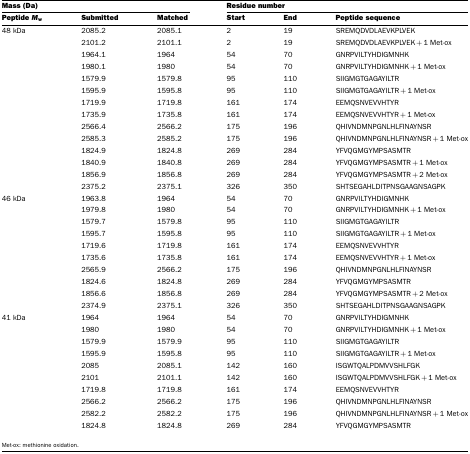
<table><thead><tr><td colspan="3"><b>Mass (Da)</b></td><td colspan="3"><b>Residue number</b></td></tr><tr><td><b>Peptide <i>M</i><sub>w</sub></b></td><td><b>Submitted</b></td><td><b>Matched</b></td><td><b>Start</b></td><td><b>End</b></td><td><b>Peptide sequence</b></td></tr></thead><tbody><tr><td>48 kDa</td><td>2085.2</td><td>2085.1</td><td>2</td><td>19</td><td>SREMQDVDLAEVKPLVEK</td></tr><tr><td></td><td>2101.2</td><td>2101.1</td><td>2</td><td>19</td><td>SREMQDVDLAEVKPLVEK+1 Met-ox</td></tr><tr><td></td><td>1964.1</td><td>1964</td><td>54</td><td>70</td><td>GNRPVILTYHDIGMNHK</td></tr><tr><td></td><td>1980.1</td><td>1980</td><td>54</td><td>70</td><td>GNRPVILTYHDIGMNHK+1 Met-ox</td></tr><tr><td></td><td>1579.9</td><td>1579.8</td><td>95</td><td>110</td><td>SIIGMGTGAGAYILTR</td></tr><tr><td></td><td>1595.9</td><td>1595.8</td><td>95</td><td>110</td><td>SIIGMGTGAGAYILTR+1 Met-ox</td></tr><tr><td></td><td>1719.9</td><td>1719.8</td><td>161</td><td>174</td><td>EEMQSNVEVVHTYR</td></tr><tr><td></td><td>1735.9</td><td>1735.8</td><td>161</td><td>174</td><td>EEMQSNVEVVHTYR+1 Met-ox</td></tr><tr><td></td><td>2566.4</td><td>2566.2</td><td>175</td><td>196</td><td>QHIVNDMNPGNLHLFINAYNSR</td></tr><tr><td></td><td>2585.3</td><td>2585.2</td><td>175</td><td>196</td><td>QHIVNDMNPGNLHLFINAYNSR+1 Met-ox</td></tr><tr><td></td><td>1824.9</td><td>1824.8</td><td>269</td><td>284</td><td>YFVQGMGYMPSASMTR</td></tr><tr><td></td><td>1840.9</td><td>1840.8</td><td>269</td><td>284</td><td>YFVQGMGYMPSASMTR+1 Met-ox</td></tr><tr><td></td><td>1856.9</td><td>1856.8</td><td>269</td><td>284</td><td>YFVQGMGYMPSASMTR+2 Met-ox</td></tr><tr><td></td><td>2375.2</td><td>2375.1</td><td>326</td><td>350</td><td>SHTSEGAHLDITPNSGAAGNSAGPK</td></tr><tr><td>46 kDa</td><td>1963.8</td><td>1964</td><td>54</td><td>70</td><td>GNRPVILTYHDIGMNHK</td></tr><tr><td></td><td>1979.8</td><td>1980</td><td>54</td><td>70</td><td>GNRPVILTYHDIGMNHK+1 Met-ox</td></tr><tr><td></td><td>1579.7</td><td>1579.8</td><td>95</td><td>110</td><td>SIIGMGTGAGAYILTR</td></tr><tr><td></td><td>1595.7</td><td>1595.8</td><td>95</td><td>110</td><td>SIIGMGTGAGAYILTR+1 Met-ox</td></tr><tr><td></td><td>1719.6</td><td>1719.8</td><td>161</td><td>174</td><td>EEMQSNVEVVHTYR</td></tr><tr><td></td><td>1735.6</td><td>1735.8</td><td>161</td><td>174</td><td>EEMQSNVEVVHTYR+1 Met-ox</td></tr><tr><td></td><td>2565.9</td><td>2566.2</td><td>175</td><td>196</td><td>QHIVNDMNPGNLHLFINAYNSR</td></tr><tr><td></td><td>1824.6</td><td>1824.8</td><td>269</td><td>284</td><td>YFVQGMGYMPSASMTR</td></tr><tr><td></td><td>1856.6</td><td>1856.8</td><td>269</td><td>284</td><td>YFVQGMGYMPSASMTR+2 Met-ox</td></tr><tr><td></td><td>2374.9</td><td>2375.1</td><td>326</td><td>350</td><td>SHTSEGAHLDITPNSGAAGNSAGPK</td></tr><tr><td>41 kDa</td><td>1964</td><td>1964</td><td>54</td><td>70</td><td>GNRPVILTYHDIGMNHK</td></tr><tr><td></td><td>1980</td><td>1980</td><td>54</td><td>70</td><td>GNRPVILTYHDIGMNHK+1 Met-ox</td></tr><tr><td></td><td>1579.9</td><td>1579.9</td><td>95</td><td>110</td><td>SIIGMGTGAGAYILTR</td></tr><tr><td></td><td>1595.9</td><td>1595.8</td><td>95</td><td>110</td><td>SIIGMGTGAGAYILTR+1 Met-ox</td></tr><tr><td></td><td>2085</td><td>2085.1</td><td>142</td><td>160</td><td>ISGWTQALPDMVVSHLFGK</td></tr><tr><td></td><td>2101</td><td>2101.1</td><td>142</td><td>160</td><td>ISGWTQALPDMVVSHLFGK+1 Met-ox</td></tr><tr><td></td><td>1719.8</td><td>1719.8</td><td>161</td><td>174</td><td>EEMQSNVEVVHTYR</td></tr><tr><td></td><td>2566.2</td><td>2566.2</td><td>175</td><td>196</td><td>QHIVNDMNPGNLHLFINAYNSR</td></tr><tr><td></td><td>2582.2</td><td>2582.2</td><td>175</td><td>196</td><td>QHIVNDMNPGNLHLFINAYNSR+1 Met-ox</td></tr><tr><td></td><td>1824.8</td><td>1824.8</td><td>269</td><td>284</td><td>YFVQGMGYMPSASMTR</td></tr></tbody></table>